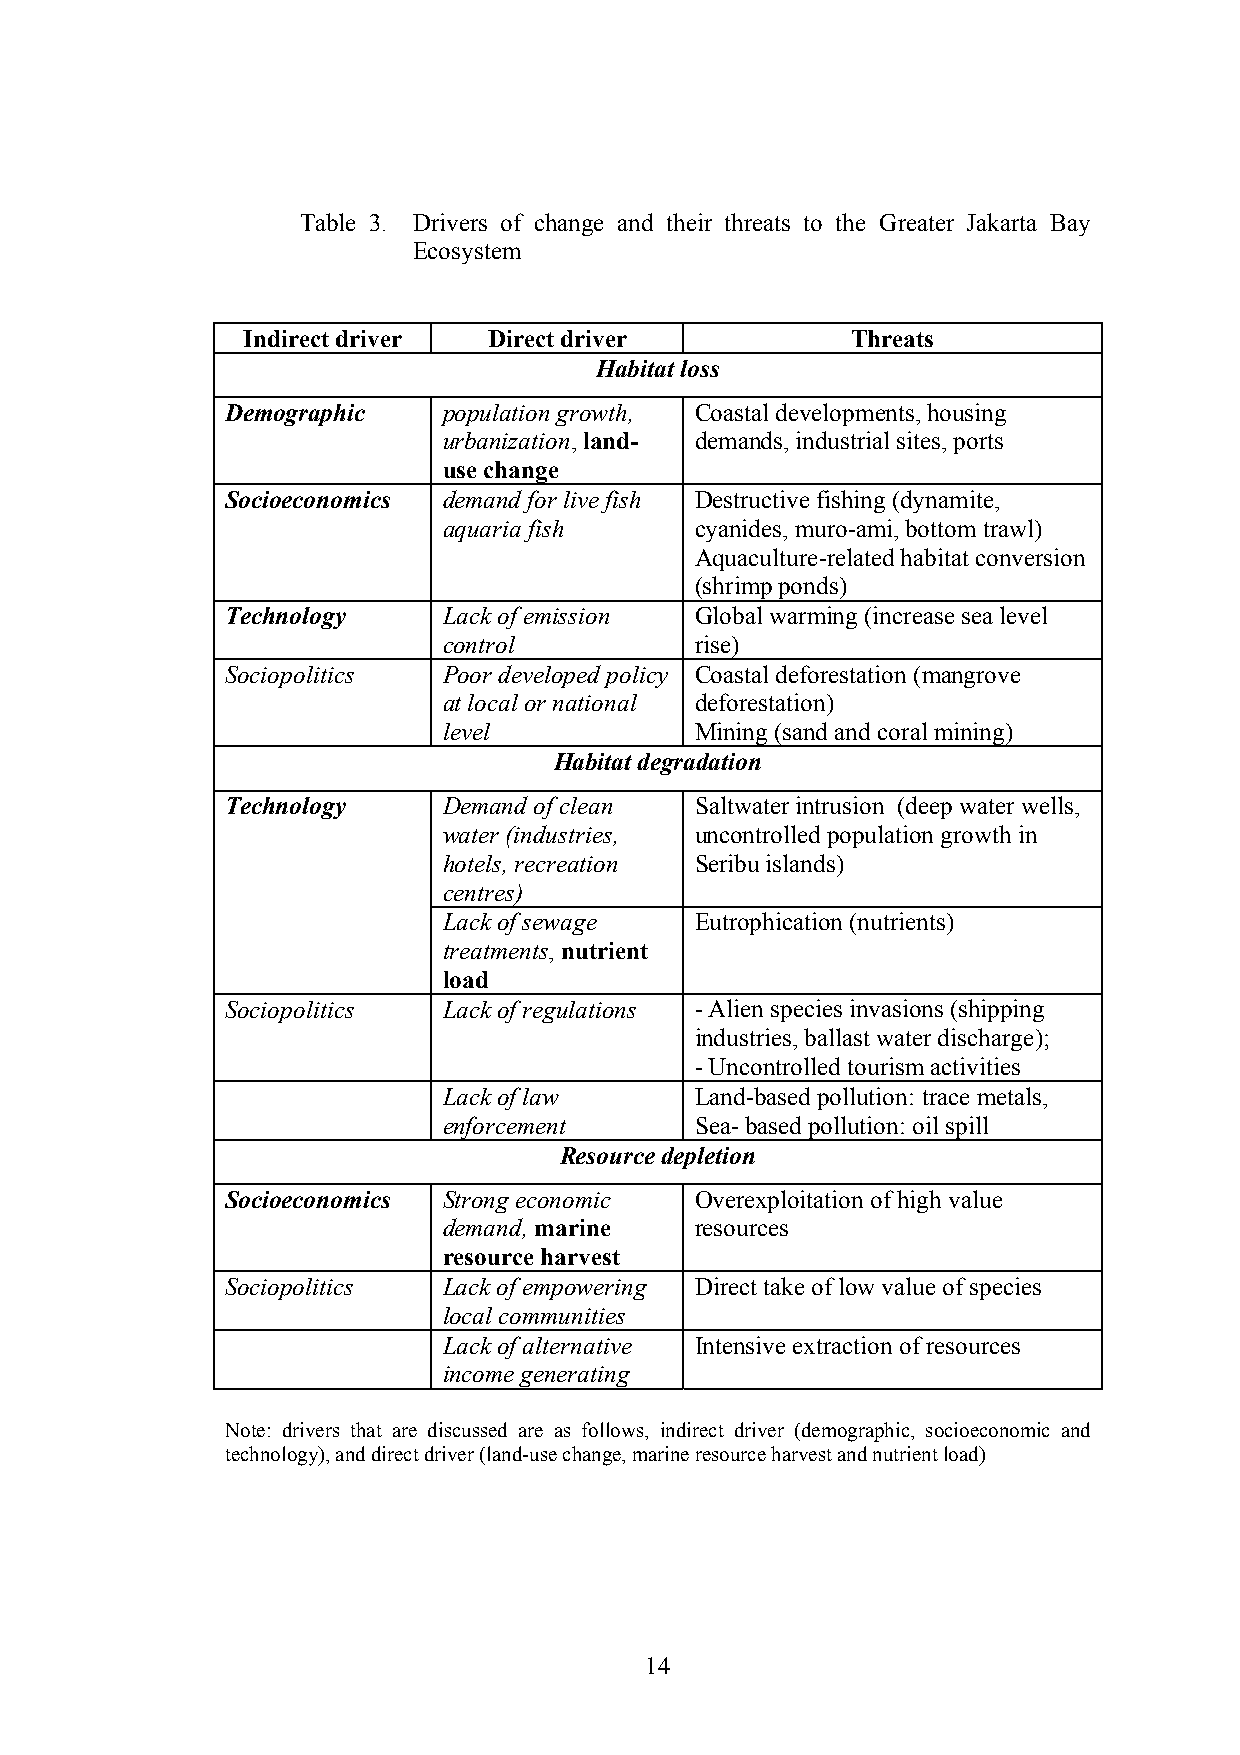
Table 3. Drivers of change and their threats to the Greater Jakarta Bay
 Ecosystem
 Indirect driver Direct driver           Threats
 Habitat loss
 Demographic   population growth, Coastal developments, housing
 urbanization, land- demands, industrial sites, ports
 use change
 Socioeconomics demand for live fish Destructive fishing (dynamite,
 aquaria fish     cyanides, muro-ami, bottom trawl)
 Aquaculture-related habitat conversion
 (shrimp ponds)
 Technology    Lack of emission Global warming (increase sea level
 control          rise)
 Sociopolitics Poor developed policy Coastal deforestation (mangrove
 at local or national deforestation)
 level            Mining (sand and coral mining)
 Habitat degradation
 Technology    Demand of clean  Saltwater intrusion (deep water wells,
 water (industries, uncontrolled population growth in
 hotels, recreation Seribu islands)
 centres)
 Lack of sewage   Eutrophication (nutrients)
 treatments, nutrient
 load
 Sociopolitics Lack of regulations - Alien species invasions (shipping
 industries, ballast water discharge);
 - Uncontrolled tourism activities
 Lack of law      Land-based pollution: trace metals,
 enforcement      Sea- based pollution: oil spill
 Resource depletion
 Socioeconomics Strong economic Overexploitation of high value
 demand, marine   resources
 resource harvest
 Sociopolitics Lack of empowering Direct take of low value of species
 local communities
 Lack of alternative Intensive extraction of resources
 income generating
 Note: drivers that are discussed are as follows, indirect driver (demographic, socioeconomic and
 technology), and direct driver (land-use change, marine resource harvest and nutrient load)
 14